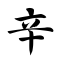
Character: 辛